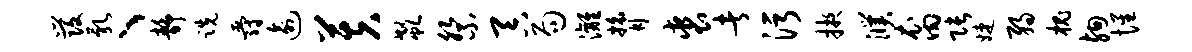
发乳、静跣爵逾芙欷祭吞局漓膂裘者污掖濮裔张婕弱槐殉惺